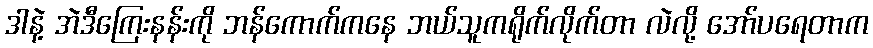
ဒါနဲ့ အဲဒီကြေးနန်းကို ဘန်ကောက်ကနေ ဘယ်သူကရိုက်လိုက်တာ လဲလို့ အော်ပရေတာက